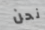
نحن